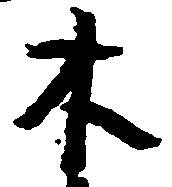
木